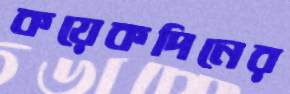
কয়েকদিনের